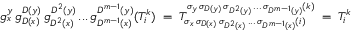
g _ { x } ^ { y } \, g _ { D ( x ) } ^ { D ( y ) } \, g _ { D ^ { 2 } ( x ) } ^ { D ^ { 2 } ( y ) } \, . . . \, g _ { D ^ { m - 1 } ( x ) } ^ { D ^ { m - 1 } ( y ) } ( T _ { i } ^ { k } ) \; = \; T _ { \sigma _ { x } \, \sigma _ { D ( x ) } \, \sigma _ { D ^ { 2 } ( x ) } \, . . . \, \sigma _ { D ^ { m - 1 } ( x ) } ( i ) } ^ { \sigma _ { y } \, \sigma _ { D ( y ) } \, \sigma _ { D ^ { 2 } ( y ) } \, . . . \, \sigma _ { D ^ { m - 1 } ( y ) } ( k ) } \; = \; T _ { i } ^ { k }